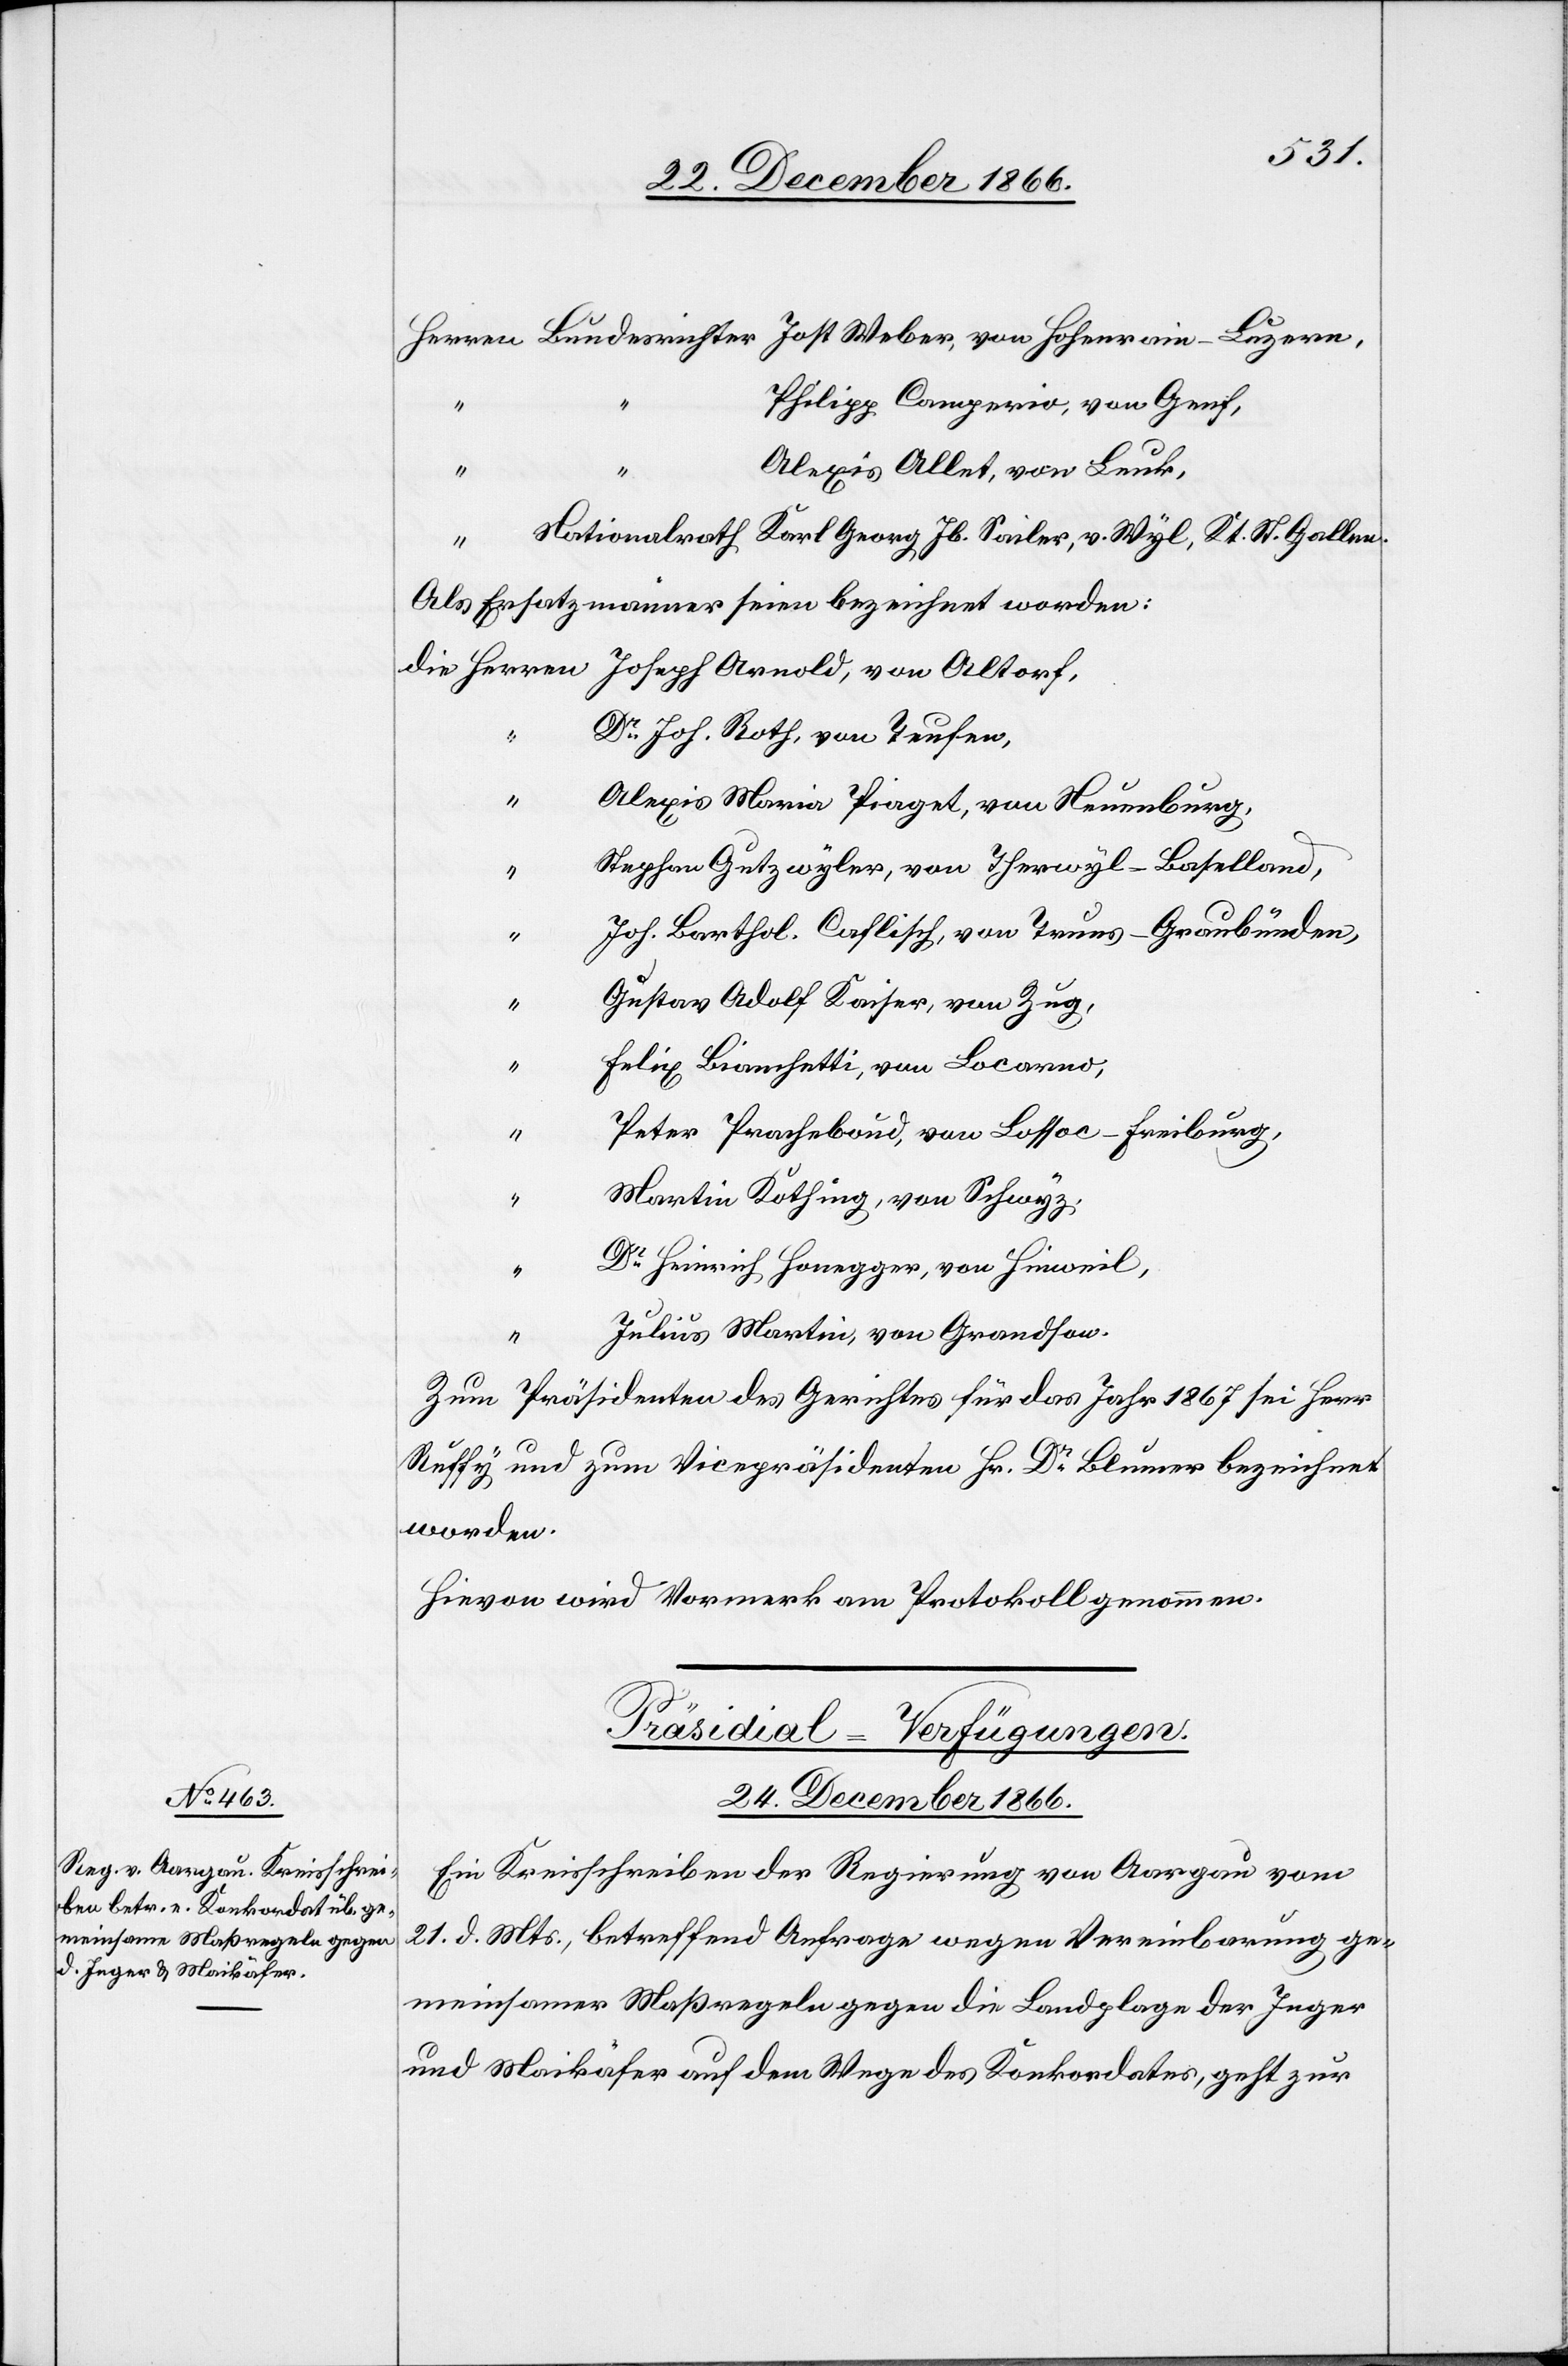
Philipp Camperio, von Genf,
Alexis Allet, von Leuk,
von
Als Ersatzmänner seien bezeichnet worden:
Dr. Joh. Roth, von Teufen,
Alexis Maria Piaget, von Neuenburg,
Stephan Gutzwyler, von Therwyl-Baselland,
“
Joh. Barthol. Caflisch, von Truns-Graubünden,
“
Gustav Adolf Kaiser, von Zug,
“
Felix Bianchetti, von Locarno,
Peter Pracheboud, von Lossoc-Freiburg,
“
Martin Kothing, von Schwyz,
“
Dr. Heinrich Honegger, von Hinweil,
“
Julius Martin, von Grandson.
Zum Präsidenten des Gerichtes für das Jahr 1867 sei Herr
Ruffy und zum Vicepräsidenten Hr. Dr. Blumer bezeichnet
worden.
Hievon wird Vormerk am Protokoll genommen.
Präsidial-Verfügungen.
24. December 1866.
Ein Kreisschreiben der Regierung von Aargau vom
21. d. Mts., betreffend Anfrage wegen Vereinbarung ge¬
meinsamer Maßregeln gegen die Landplage der Jeger
und Maikäfer auf dem Wege des Konkordates, geht zur